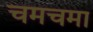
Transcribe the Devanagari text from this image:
चमचमा